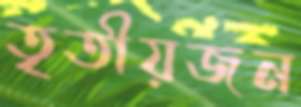
তৃতীয়জন